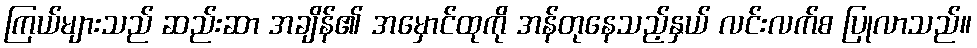
ကြယ်များသည် ဆည်းဆာ အချိန်၏ အမှောင်ထုကို အန်တုနေသည့်နှယ် လင်းလက်စ ပြုလာသည်။